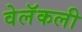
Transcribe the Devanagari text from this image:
वेलॅकली